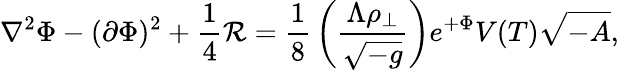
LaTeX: \nabla^{2}\Phi-(\partial\Phi)^{2}+{\frac{1}{4}}{\cal R}={\frac{1}{8}}\left({\frac{\Lambda\rho_{\perp}}{\sqrt{-g}}}\right)e^{+\Phi}V(T)\sqrt{-A},